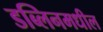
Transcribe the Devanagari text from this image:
डब्लिनमधील